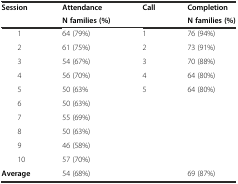
| <ROWSPAN=2> Session | Attendance | <ROWSPAN=2> Call | Completion |
 | N families (%) | N families (%) |
 | --- | --- | --- | --- |
 | 1 | 64 (79%) | 1 | 76 (94%) |
 | 2 | 61 (75%) | 2 | 73 (91%) |
 | 3 | 54 (67%) | 3 | 70 (88%) |
 | 4 | 56 (70%) | 4 | 64 (80%) |
 | 5 | 50 (63% | 5 | 64 (80%) |
 | 6 | 50 (63%) |  |  |
 | 7 | 55 (69%) |  |  |
 | 8 | 50 (63%) |  |  |
 | 9 | 46 (58%) |  |  |
 | 10 | 57 (70%) |  |  |
 | Average | 54 (68%) |  | 69 (87%) |